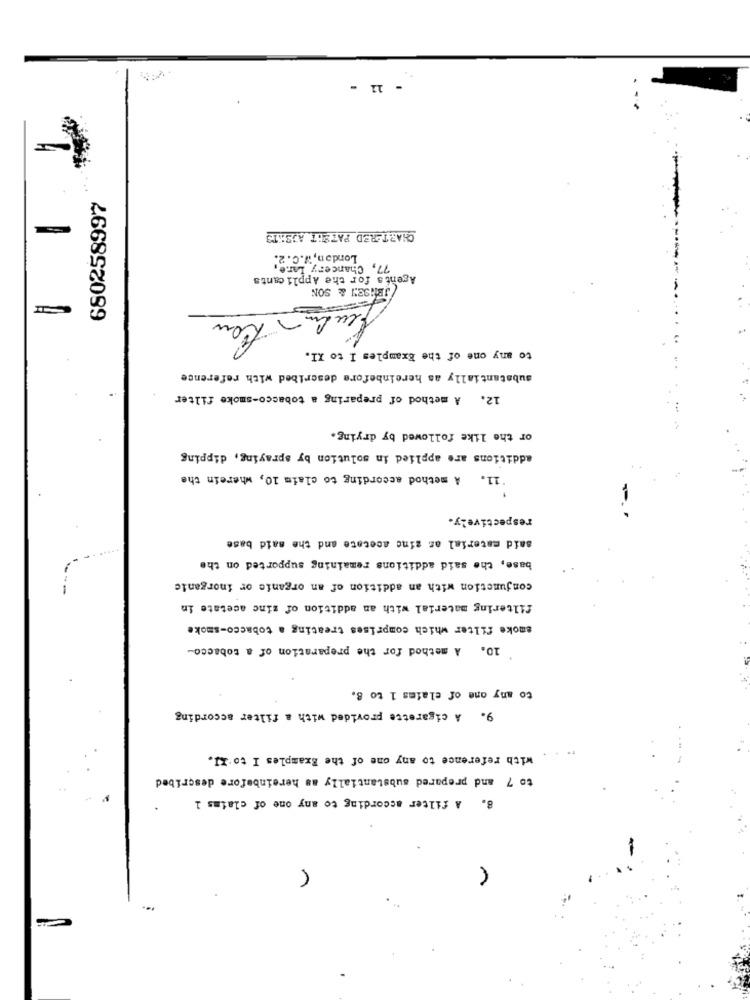
- 11 -
680258997
=
CHARTERED PATENT ANSATS
London, W.C. 2.
77, Chancery Lare,
Agents for the Applicants
JENSEN & SON
8
to any one of the Examples I to XI.
substantially as hereinbefore described with reference
12. A method of preparing a tobacco-smoke filter
or the like followed by drying.
additions are applied in solution by spraying, dipping
'11. A method according to claim 10, wherein the
respectively.
said material as zinc acetate and the said base
base, the said additions remaining supported on the
conjunction with an addition of an organic or inorganic
-
filtering material with an addition of zinc acetate in
smoke filter which comprises treating a tobacco-smoke
10. A method for the preparation of a tobacco-
to any one of claims 1 to 8.
9. A cigarette provided with a filter according
with reference to any one of the Examples I to XI.
to 7 and prepared substantially as hereinbefore described
8. A filter according to any one of claims 1